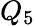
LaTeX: Q_{5}